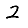
Digit: 2